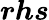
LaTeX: \boldsymbol{rhs}